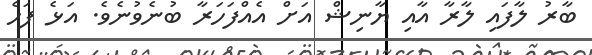
ބާރު ލާފައި ލާރާ އާއި ޔާނިޝް އަށް އެއްފަހަރާ ބުނެވުނެވެ. އަޅެ ފަހެ